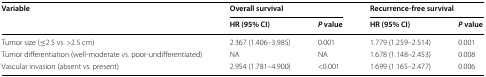
<table><thead><tr><td rowspan="2"><b>Variable</b></td><td colspan="2"><b>Overall survival</b></td><td colspan="2"><b>Recurrence-free survival</b></td></tr><tr><td><b>HR (95% CI)</b></td><td><b><i>P</i> value</b></td><td><b>HR (95% CI)</b></td><td><b><i>P</i> value</b></td></tr></thead><tbody><tr><td>Tumor size (≤2.5 vs. &gt;2.5 cm)</td><td>2.367 (1.406–3.985)</td><td>0.001</td><td>1.779 (1.259–2.514)</td><td>0.001</td></tr><tr><td>Tumor differentiation (well-moderate vs. poor-undifferentiated)</td><td>NA</td><td>NA</td><td>1.678 (1.148–2.453)</td><td>0.008</td></tr><tr><td>Vascular invasion (absent vs. present)</td><td>2.954 (1.781–4.900)</td><td>&lt;0.001</td><td>1.699 (1.165–2.477)</td><td>0.006</td></tr></tbody></table>